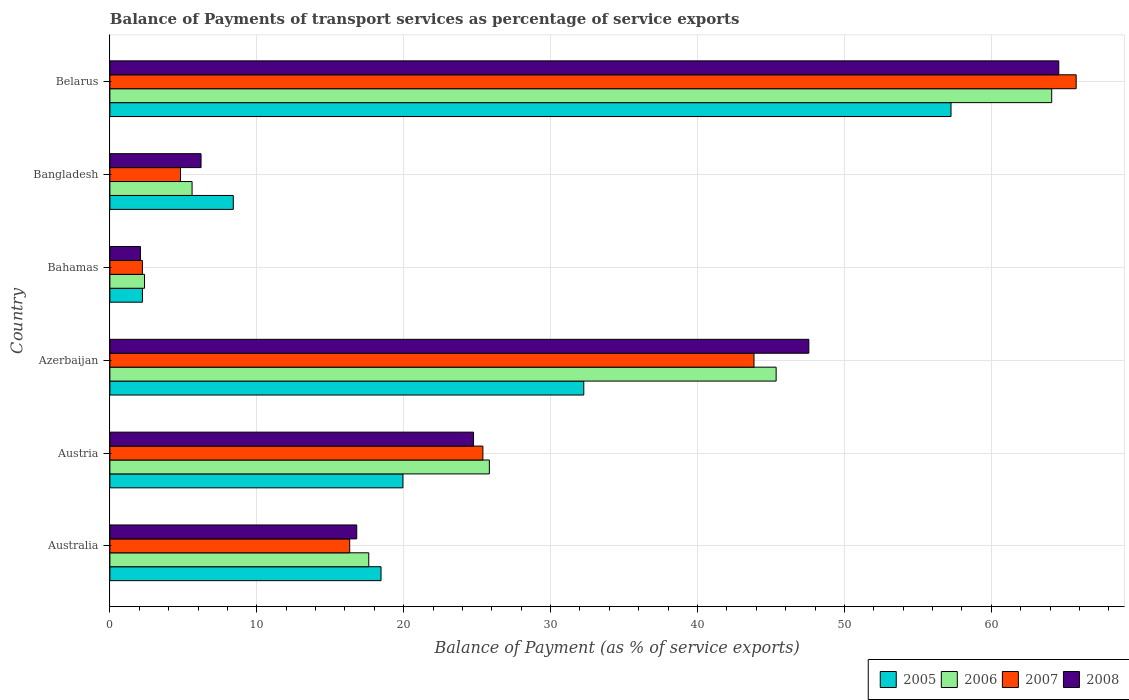
| Country | 2005 | 2006 | 2007 | 2008 |
 | --- | --- | --- | --- | --- |
 | Australia | 18.5 | 17.6 | 16.3 | 16.8 |
 | Austria | 19.9 | 25.8 | 25.4 | 24.8 |
 | Azerbaijan | 32.3 | 45.4 | 43.8 | 47.6 |
 | Bahamas | 2.22 | 2.36 | 2.21 | 2.08 |
 | Bangladesh | 8.4 | 5.6 | 4.81 | 6.21 |
 | Belarus | 57.3 | 64.1 | 65.8 | 64.6 |